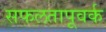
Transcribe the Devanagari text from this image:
सफलतापूवर्क